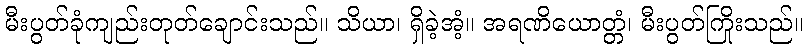
မီးပွတ်ခုံကျည်းတုတ်ချောင်းသည်။ သိယာ၊ ရှိခဲ့အံ့။ အရဏိယောတ္တံ၊ မီးပွတ်ကြိုးသည်။